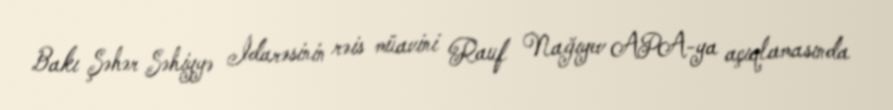
Bakı Şəhər Səhiyyə İdarəsinin rəis müavini Rauf Nağıyev APA-ya açıqlamasında